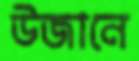
উজানে